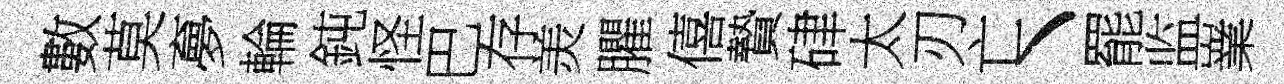
數莫夣輪鈍怪巴存羙臞僖贄硉太刃亡丶罷监嶪